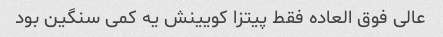
عالی فوق العاده فقط پیتزا کویینش یه کمی سنگین بود